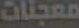
معجنات